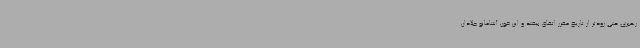
رهبری حتی زودتر از تاریخ مقرر اتفاق بیفتد و این خون آشامانو جلادان